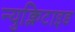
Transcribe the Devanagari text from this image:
न्युक्लिटाइड